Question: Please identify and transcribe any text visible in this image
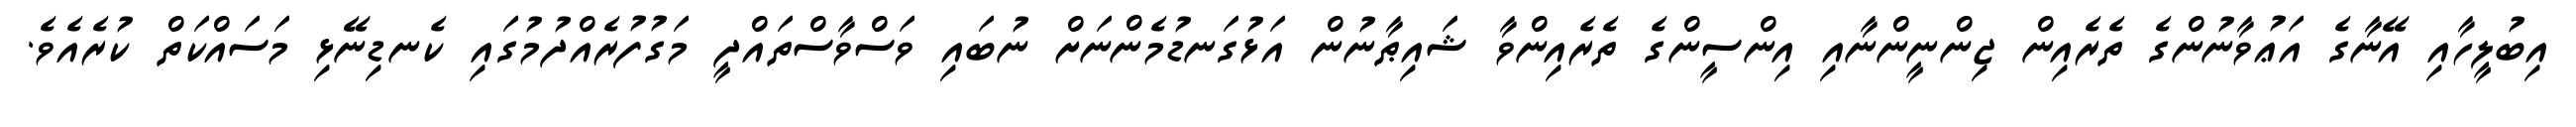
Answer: އިބުލީހާއި އޭނާގެ އަޢުވާނުންގެ ތެރެއިން ޖިންނީންނާއި އިންސީންގެ ތެރެއިންވާ ޝައިޠާނުން އަޅުގަނޑުމެންނަށް ނުބައި ވަސްވާސްތައްދީ މަގުފުރެއްދުމުގައި ކެނޑިނޭޅި މަސައްކަތް ކުރެއެވެ.